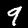
Label: 9